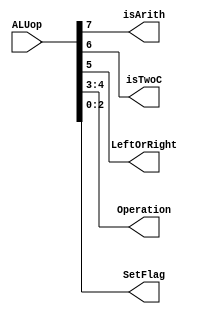
`timescale 1ns / 1ps
//////////////////////////////////////////////////////////////////////////////////
// Company: 
// Engineer: 
// 
// Design Name: 
// Module Name:    ALUControl 
// Project Name: 
// Target Devices: 
// Tool versions: 
// Description: 
//
// Dependencies: 
//
// Revision: 
// Revision 0.01 - File Created
// Additional Comments: 
//
//////////////////////////////////////////////////////////////////////////////////
module ALUControl(input[7:0] ALUop, output reg isArith, isTwoC, LeftOrRight, output reg[1:0] Operation, output reg[2:0] SetFlag);
	
	always@(ALUop) begin
		isArith = ALUop[7];
		isTwoC = ALUop[6];
		LeftOrRight = ALUop[5];
		Operation = ALUop[4:3];
		SetFlag = ALUop[2:0];
	end

endmodule